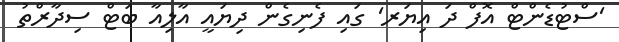
'ސްޓުޑެންޓް އޮފް ދަ އިޔަރ' ގައި ފެނިގެން ދިޔައީ އާލިއާ ބަޓް ސިދާރްތު